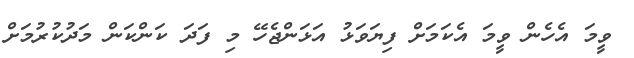
ވީމަ އެހެން ވީމަ އެކަމަށް ފިޔަވަޅު އަޅަންޖެހޭ މި ފަދަ ކަންކަން މަދުކުރުމަށް